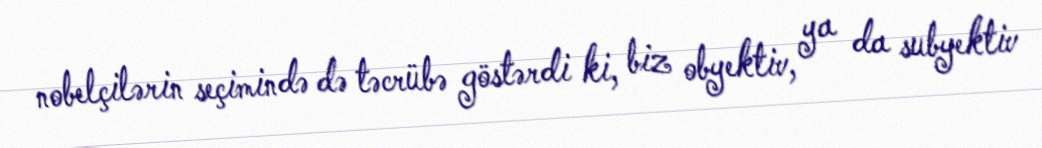
nobelçilərin seçimində də təcrübə göstərdi ki, biz obyektiv, ya da subyektiv